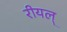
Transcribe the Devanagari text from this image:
रीयल्